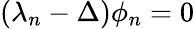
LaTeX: (\lambda_{n}-\Delta)\phi_{n}=0